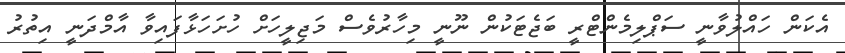
އެކަން ހައްލުވާނީ ސަޕްލިމެންޓްރީ ބަޖެޓަކުން ނޫނީ މިހާރުވެސް މަޖިލީހަށް ހުށަހަޅާފައިވާ އާމްދަނީ އިތުރު